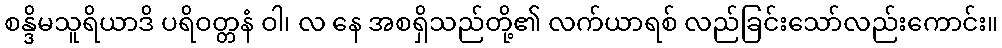
စန္ဒိမသူရိယာဒိ ပရိဝတ္တနံ ဝါ၊ လ နေ အစရှိသည်တို့၏ လက်ယာရစ် လည်ခြင်းသော်လည်းကောင်း။